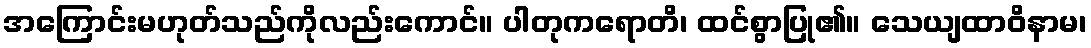
အကြောင်းမဟုတ်သည်ကိုလည်းကောင်။ ပါတုကရောတိ၊ ထင်စွာပြု၏။ သေယျထာဝိနာမ၊